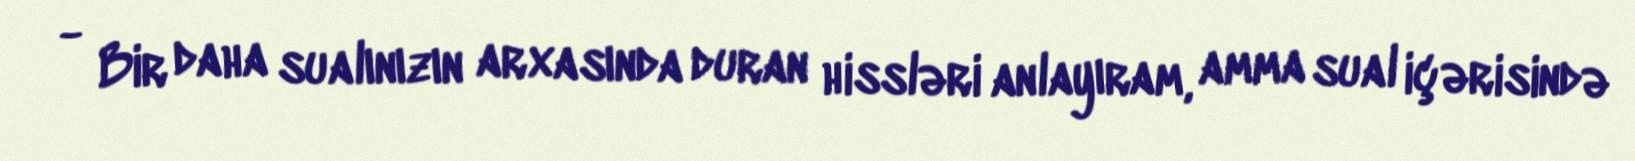
- Bir daha sualınızın arxasında duran hissləri anlayıram, amma sual içərisində